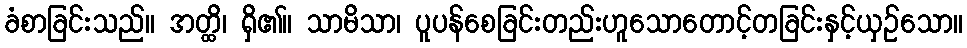
ခံစာခြင်းသည်။ အတ္ထိ၊ ရှိ၏။ သာမိသာ၊ ပူပန်စေခြင်းတည်းဟူသောတောင့်တခြင်းနှင့်ယှဉ်သော။